King Institute of Preventive Medicine Bacteriolog. Section reports 1907-08
Year: 1907
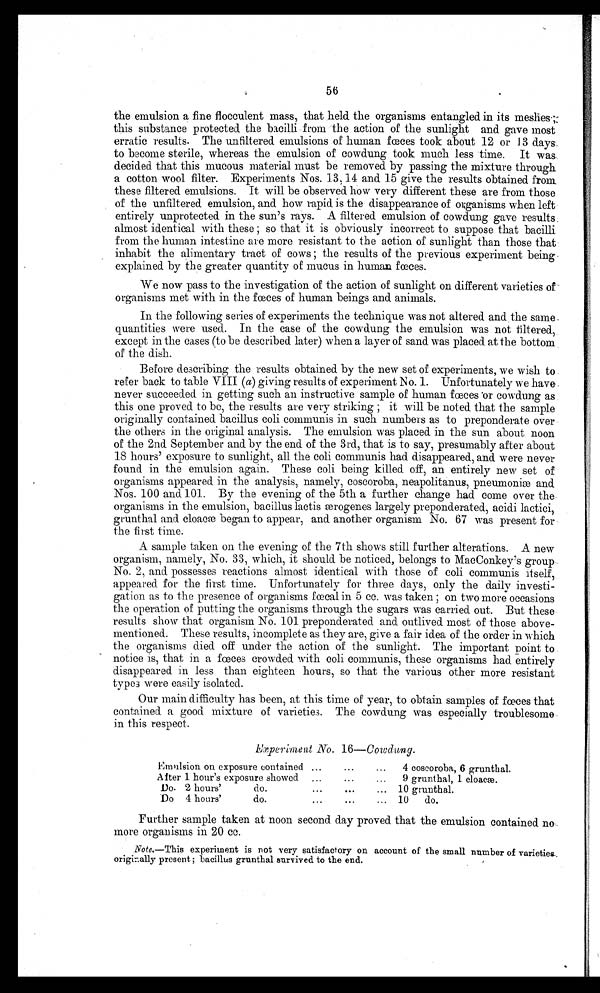
56
the emulsion a fine flocculent mass, that held the organisms entangled in its meslies;
this substance protected the bacilli from the action of the sunlight and gave most
erratic results. The unfiltered emulsions of human fœces took about 12 or 13 days
to become sterile, whereas the emulsion of cowdung took much less time. It was
decided that this mucous material must be removed by passing the mixture through
a cotton wool filter. Experiments Nos. 13, 14 and 15 give the results obtained from
these filtered emulsions. It will be observed how very different these are from those
of the unfiltered emulsion, and how rapid is the disappearance of organisms when left
entirely unprotected in the sun's rays. A filtered emulsion of cowdung gave results
almost identical with these ; so that it is obviously incorrect to suppose that bacilli
from the human intestine are more resistant to the action of sunlight than those that
inhabit the alimentary tract of cows ; the results of the previous experiment being
explained by the greater quantity of mucus in human fœces.
We now pass to the investigation of the action of sunlight on different varieties of
organisms met with in the f œces of human beings and. animals.
In the following series of experiments the technique was not altered and the same
quantities were used. In the case of the cowdung the emulsion was not filtered,
except in the cases (to be described later) when a layer of sand was placed at the bottom
of the dish.
Before describing the results obtained by the new set of experiments, we wish to
refer back to table VIII (a) giving results of experiment No. 1. Unfortunately we have
never succeeded in getting such an instructive sample of human fœces or cowdung as
this one proved to be, the results are very striking; it will be noted that the sample
originally contained. bacillus coli communis in such numbers as to preponderate over
the others in the original analysis. The emulsion was placed. in the sun about noon
of the 2nd September and by the end of the 3rd, that is to say, presumably after about
18 hours' exposure to sunlight, all the coli communis had. disappeared, and were never
found in the emulsion again. These coli being killed. off, an entirely new set of
organisms appeared in the analysis, namely, coscoroba, neapolitanus, pneumoniæ and
Nos. 100 and 101. By the evening of the 5th a further change had come over the
organisms in the emulsion, bacillus lactis ærogenes largely preponderated, acidi lactici,
grunthal and. cloacæ began to appear, and another organism No. 67 was present -for
the first time.
.A sample taken on the evening of the 7th shows still further alterations. A new
organism, namely, No. 33, which, it should. be noticed, belongs to MacConkey's group
No. 2, and. possesses reactions almost identical with those of coli communis itself,
appeared for the first time. Unfortunately for three days, only the dail y investi-
gation as to the presence of organisms in 5 cc. was taken ; on two more occasions
the operation of putting the organisms through the sugars was carried out. But these
results show that organism No. 101 preponderated and outlived most of those above-
mentioned. These results, incomplete as they are, give a fair idea of the order in which
the organisms died off under the action of the sunlight. The important point to
notice is, that in a fœces crowded with coli communis, these organisms had entirely
disappeared in less than eighteen hours, so that the various other more resistant
types were easily isolated.
Our main difficulty has been, at this time of year, to obtain samples of fœces that
contained. a good mixture of varieties. The cowdung was especially troublesome
in this respect.
E x p e r i m e n t N o . 1 6 — C o w d u n g .
Emulsion on exposure contained ...
4 coscoroba, 6 grunthal.
After 1 hour's exposure showed ...
9 grunthal, 1 cloacæ.
Do. 2 hours'
do.
..
10 grunthal.
Do 4 hours'
do.
.••
10
do.
Further sample taken at noon second day proved that the emulsion contained no.
more organisms in 20 cc.
Note.—This experiment is not very satisfactory on account of the small number of varieties.
originally present ; bacillus grunthal survived to the end.